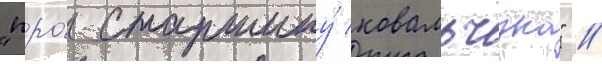
"про́ старшину́ ковальчука" //